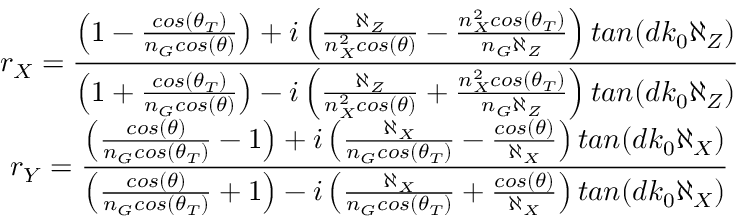
\begin{array} { c c l } { \displaystyle r _ { X } = \frac { \left( 1 - \frac { c o s ( \theta _ { T } ) } { n _ { G } c o s ( \theta ) } \right) + i \left( \frac { \aleph _ { Z } } { n _ { X } ^ { 2 } c o s ( \theta ) } - \frac { n _ { X } ^ { 2 } c o s ( \theta _ { T } ) } { n _ { G } \aleph _ { Z } } \right) t a n ( d k _ { 0 } \aleph _ { Z } ) } { \left( 1 + \frac { c o s ( \theta _ { T } ) } { n _ { G } c o s ( \theta ) } \right) - i \left( \frac { \aleph _ { Z } } { n _ { X } ^ { 2 } c o s ( \theta ) } + \frac { n _ { X } ^ { 2 } c o s ( \theta _ { T } ) } { n _ { G } \aleph _ { Z } } \right) t a n ( d k _ { 0 } \aleph _ { Z } ) } } \\ { \displaystyle r _ { Y } = \frac { \left( \frac { c o s ( \theta ) } { n _ { G } c o s ( \theta _ { T } ) } - 1 \right) + i \left( \frac { \aleph _ { X } } { n _ { G } c o s ( \theta _ { T } ) } - \frac { c o s ( \theta ) } { \aleph _ { X } } \right) t a n ( d k _ { 0 } \aleph _ { X } ) } { \left( \frac { c o s ( \theta ) } { n _ { G } c o s ( \theta _ { T } ) } + 1 \right) - i \left( \frac { \aleph _ { X } } { n _ { G } c o s ( \theta _ { T } ) } + \frac { c o s ( \theta ) } { \aleph _ { X } } \right) t a n ( d k _ { 0 } \aleph _ { X } ) } } \end{array}